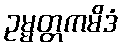
ဥမ္မတ္တကမိဒံ